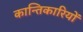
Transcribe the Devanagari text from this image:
कान्तिकारियों